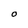
Character: O